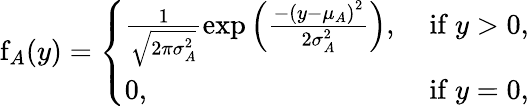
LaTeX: \begin{array}{r}{\mathrm{f}_{A}(y)=\left\{ \begin{array}{ll}{\frac{1}{\sqrt{2\pi\sigma_{A}^{2}}}\exp{\left(\frac{-\left(y-\mu_{A}\right)^{2}}{2\sigma_{A}^{2}}\right)},}&{\mathrm{~if~}y>0,}\\ {0,}&{\mathrm{~if~}y=0,}\end{array}\right.}\end{array}